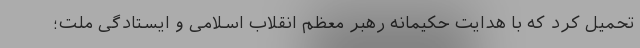
تحمیل کرد که با هدایت حکیمانه رهبر معظم انقلاب اسلامی و ایستادگی ملت؛